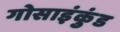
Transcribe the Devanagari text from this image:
गोसाइंकुंड